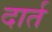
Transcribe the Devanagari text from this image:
दार्त